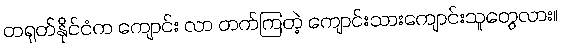
တရုတ်နိုင်ငံက ကျောင်း လာ တက်ကြတဲ့ ကျောင်းသားကျောင်းသူတွေလား။